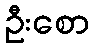
ဦးစော